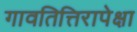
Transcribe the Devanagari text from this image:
गावतित्तिरापेक्षा